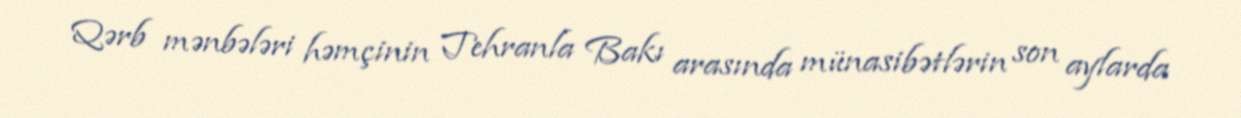
Qərb mənbələri həmçinin Tehranla Bakı arasında münasibətlərin son aylarda